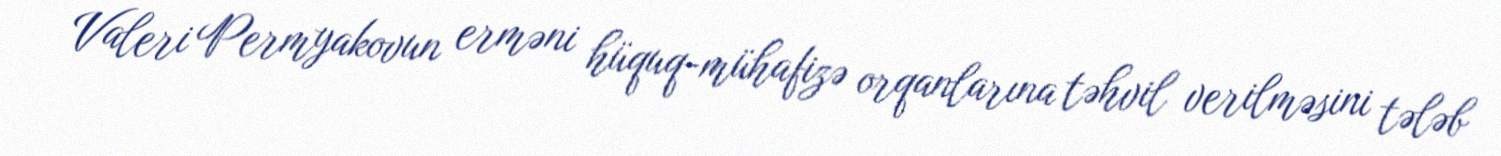
Valeri Permyakovun erməni hüquq-mühafizə orqanlarına təhvil verilməsini tələb